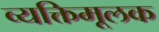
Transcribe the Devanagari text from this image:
व्यक्तिमूलक